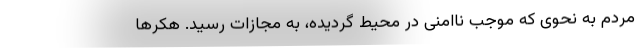
مردم به نحوی که موجب ناامنی در محیط گردیده، به مجازات رسید. هکرها